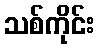
သစ်ကိုင်း